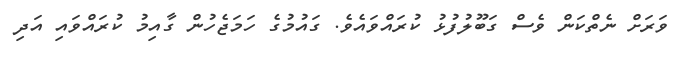
ވަރަށް ނެތްކަން ވެސް ގަބޫލުފުޅު ކުރައްވައެވެ. ގައުމުގެ ހަމަޖެހުން ގާއިމު ކުރައްވައި އަދި